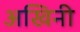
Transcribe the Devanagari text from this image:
अखिनी